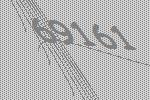
69161